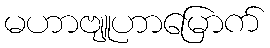
မဟာဗျူဟာမြောက်